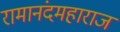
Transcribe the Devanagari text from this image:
रामानंदमहाराज